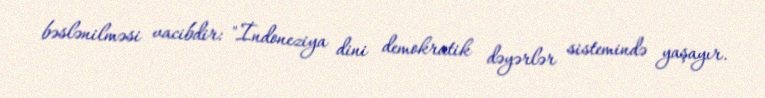
bəslənilməsi vacibdir: "İndoneziya dini demokratik dəyərlər sistemində yaşayır.